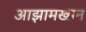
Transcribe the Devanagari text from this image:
आझामखान